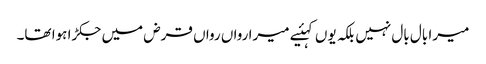
میرا بال بال نہیں بلکہ یوں کہئیے میرا رواں رواں قرض میں جکڑا ہوا تھا۔